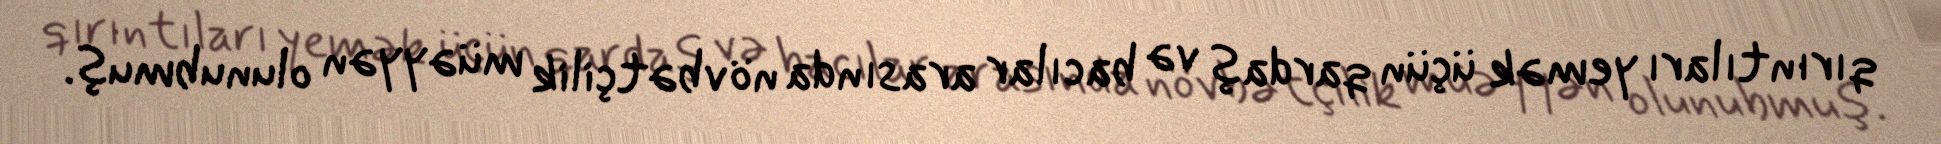
qırıntıları yemək üçün qardaş və bacılar arasında növbətçilik müəyyən olunubmuş.